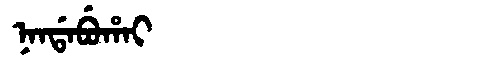
Manchu: ᠨᠠᠨᡩᠠᠪᡠᡥᠠᡳ
Romanization: NANDABUHAI